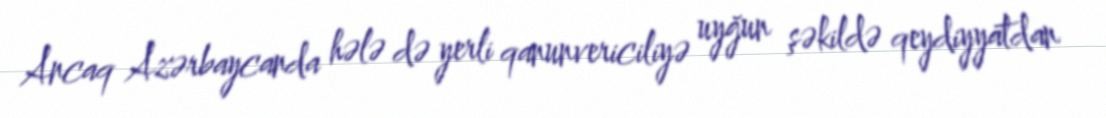
Ancaq Azərbaycanda hələ də yerli qanunvericiliyə uyğun şəkildə qeydiyyatdan